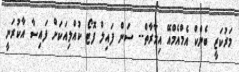
މަރުކަޒީ ބެންކް އެމްއެމްއޭ އިމާރާތް-- ސަން ފައިލް ފޮޓޯ ކުއްލިއަކަށް ފައިސާ އާކުރަނީ